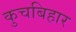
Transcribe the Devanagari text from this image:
कुचबिहार